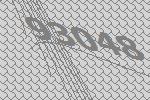
93048